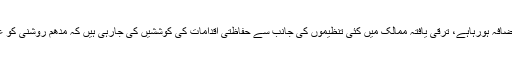
ماحولیاتی ماہرین کے مطابق 1960ء سے ہرسال روشنی کے باعث آلودگی میں دس فیصد کااضافہ ہورہاہے، ترقی یافتہ ممالک میں کئی تنظیموں کی جانب سے حفاظتی اقدامات کی کوششیں کی جارہی ہیں کہ مدّھم روشنی کو عام کیا جائے اور ایسے بلب لگائے جائیں جن سےاُفق کو روشنی کی آلودگی سے بچایا جاسکے۔